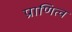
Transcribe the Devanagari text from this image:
प्राणित्व